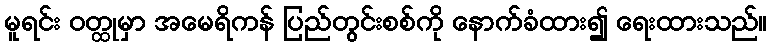
မူရင်း ဝတ္ထုမှာ အမေရိကန် ပြည်တွင်းစစ်ကို နောက်ခံထား၍ ရေးထားသည်။